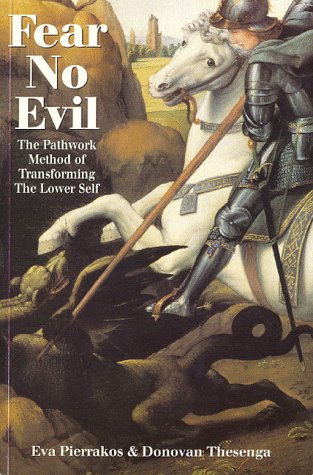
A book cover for Fear No Evil: The Pathwork Method of Transforming the Lower Self (Pathwork Series); Eva Pierrakos; Religion & Spirituality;